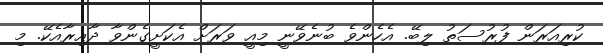
ކުރިއަރަން ފުރުސަތު ލިބޭ. އެހެންވެ ބުނެވޭނީ މިއީ ވަރަށް އެކަށީގެންވާ ދާއިރާއެކޭ. މި